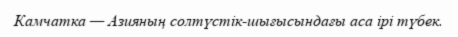
Камчатка — Азияның солтүстік-шығысындағы аса ірі түбек.